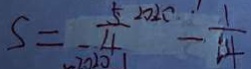
S = \frac { 5 } { - 4 } ^ { 2 0 2 0 } - \frac { 1 } { 1 4 }